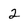
Character: 2